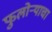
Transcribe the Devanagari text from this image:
फुलोऱ्याचा